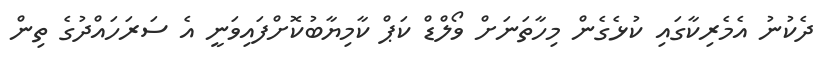
ދެކުނު އެމެރިކާގައި ކުޅެގެން މިހާތަނަށް ވޯލްޑް ކަޕް ކާމިޔާބުކޮށްފައިވަނީ އެ ސަރަހައްދުގެ ތިން